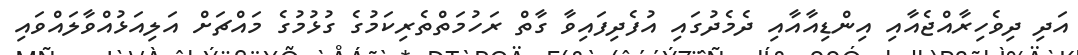
އަދި ދިވެހިރާއްޖެއާއި އިންޑިއާއާއި ދެމެދުގައި އުފެދިފައިވާ ގާތް ރަހުމަތްތެރިކަމުގެ ގުޅުމުގެ މައްޗަށް އަލިއަޅުއްވާލައްވައި